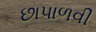
છાપાળવી